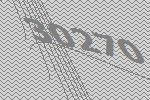
30270